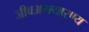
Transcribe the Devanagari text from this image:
जीवअभयारण्य